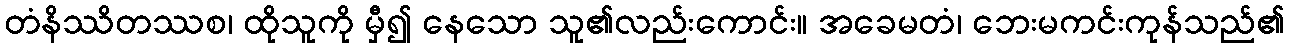
တံနိဿိတဿစ၊ ထိုသူကို မှီ၍ နေသော သူ၏လည်းကောင်း။ အခေမတံ၊ ဘေးမကင်းကုန်သည်၏